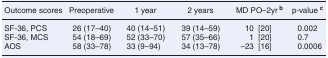
<table><thead><tr><td><b>Outcome scores</b></td><td><b>Preoperative</b></td><td><b>1 year</b></td><td><b>2 years</b></td><td><b>MD PO–2yr <sup>b</sup></b></td><td><b>p-value <sup>c</sup></b></td></tr></thead><tbody><tr><td>SF-36, PCS</td><td>26 (17–40)</td><td>40 (14–51)</td><td>39 (14–59)</td><td>10 [20]</td><td>0.002</td></tr><tr><td>SF-36, MCS</td><td>54 (18–69)</td><td>52 (33–70)</td><td>57 (35–66)</td><td>1 [20]</td><td>0.7</td></tr><tr><td>AOS</td><td>58 (33–78)</td><td>33 (9–94)</td><td>34 (13–78)</td><td>–23 [16]</td><td>0.0006</td></tr></tbody></table>